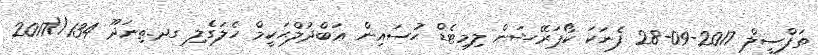
ތަފްސީލް 2017-09-28 ފެނަކަ ކޯޕަރޭޝަން ލިމިޓެޑް ޙުސައިން ޢަބްދުލްޙަކީމް ހެލަގެލި ގދ.ތިނަދޫ 134//2017